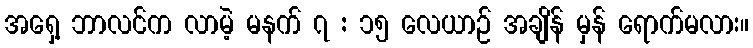
အရှေ့ ဘာလင်က လာမဲ့ မနက် ၇ : ၁၅ လေယာဉ် အချိန် မှန် ရောက်မလား။